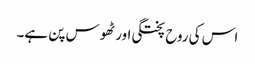
اس کی روح پختگی اور ٹھوس پن ہے۔